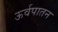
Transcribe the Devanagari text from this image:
ऊर्वपातन